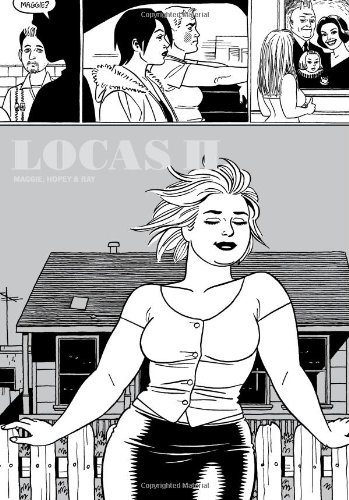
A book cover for Locas II: Maggie, Hopey & Ray (Love & Rockets); Jaime Hernandez; Gay & Lesbian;